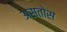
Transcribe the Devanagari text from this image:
असतोस